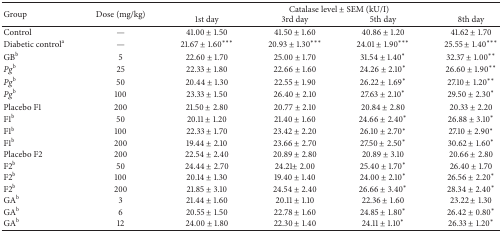
<table><thead><tr><td rowspan="2"><b>Group</b></td><td rowspan="2"><b>Dose (mg/kg)</b></td><td colspan="4"><b>Catalase level ± SEM (kU/I)</b></td></tr><tr><td><b>1st day</b></td><td><b>3rd day</b></td><td><b>5th day</b></td><td><b>8th day</b></td></tr></thead><tbody><tr><td>Control</td><td>—</td><td>41.00 ± 1.50</td><td>41.50 ± 1.60</td><td>40.86 ± 1.20</td><td>41.62 ± 1.70</td></tr><tr><td>Diabetic control<sup>a</sup></td><td>—</td><td>21.67 ± 1.60***</td><td>20.93 ± 1.30***</td><td>24.01 ± 1.90***</td><td>25.55 ± 1.40***</td></tr><tr><td>GB<sup>b</sup></td><td>5</td><td>22.60 ± 1.70</td><td>25.00 ± 1.70</td><td>31.54 ± 1.40*</td><td>32.37 ± 1.00**</td></tr><tr><td><i>Pg</i><sup>b</sup></td><td>25</td><td>22.33 ± 1.80</td><td>22.66 ± 1.60</td><td>24.26 ± 2.10*</td><td>26.60 ± 1.90**</td></tr><tr><td><i>Pg</i><sup>b</sup></td><td>50</td><td>20.44 ± 1.30</td><td>22.55 ± 1.90</td><td>26.22 ± 1.69*</td><td>27.10 ± 1.20**</td></tr><tr><td><i>Pg</i><sup>b</sup></td><td>100</td><td>23.33 ± 1.50</td><td>26.40 ± 2.10</td><td>27.63 ± 2.10*</td><td>29.50 ± 2.30*</td></tr><tr><td>Placebo F1</td><td>200</td><td>21.50 ± 2.80</td><td>20.77 ± 2.10</td><td>20.84 ± 2.80</td><td>20.33 ± 2.20</td></tr><tr><td>F1<sup>b</sup></td><td>50</td><td>20.11 ± 1.20</td><td>21.40 ± 1.60</td><td>24.66 ± 2.40*</td><td>26.88 ± 3.10*</td></tr><tr><td>F1<sup>b</sup></td><td>100</td><td>22.33 ± 1.70</td><td>23.42 ± 2.20</td><td>26.10 ± 2.70*</td><td>27.10 ± 2.90*</td></tr><tr><td>F1<sup>b</sup></td><td>200</td><td>19.44 ± 2.10</td><td>23.66 ± 2.70</td><td>27.50 ± 2.50*</td><td>30.62 ± 1.60*</td></tr><tr><td>Placebo F2</td><td>200</td><td>22.54 ± 2.40</td><td>20.89 ± 2.80</td><td>20.89 ± 3.10</td><td>20.66 ± 2.80</td></tr><tr><td>F2<sup>b</sup></td><td>50</td><td>24.44 ± 2.70</td><td>24.21± 2.00</td><td>25.40 ± 1.70*</td><td>26.40 ± 1.70</td></tr><tr><td>F2<sup>b</sup></td><td>100</td><td>20.14 ± 1.30</td><td>19.40 ± 1.40</td><td>24.00 ± 2.10*</td><td>26.56 ± 2.20*</td></tr><tr><td>F2<sup>b</sup></td><td>200</td><td>21.85 ± 3.10</td><td>24.54 ± 2.40</td><td>26.66 ± 3.40*</td><td>28.34 ± 2.40*</td></tr><tr><td>GA<sup>b</sup></td><td>3</td><td>21.44 ± 1.60</td><td>20.11 ± 1.10</td><td>22.36 ± 1.60</td><td>23.22 ± 1.30</td></tr><tr><td>GA<sup>b</sup></td><td>6</td><td>20.55 ± 1.50</td><td>22.78 ± 1.60</td><td>24.85 ± 1.80*</td><td>26.42 ± 0.80*</td></tr><tr><td>GA<sup>b</sup></td><td>12</td><td>24.00 ± 1.80</td><td>22.30 ± 1.40</td><td>24.11 ± 1.10*</td><td>26.33 ± 1.20*</td></tr></tbody></table>